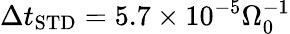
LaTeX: \Delta t_{\mathrm{STD}}=5.7\times 10^{-5}\Omega_{0}^{-1}